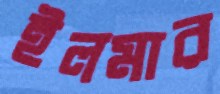
ইলমার